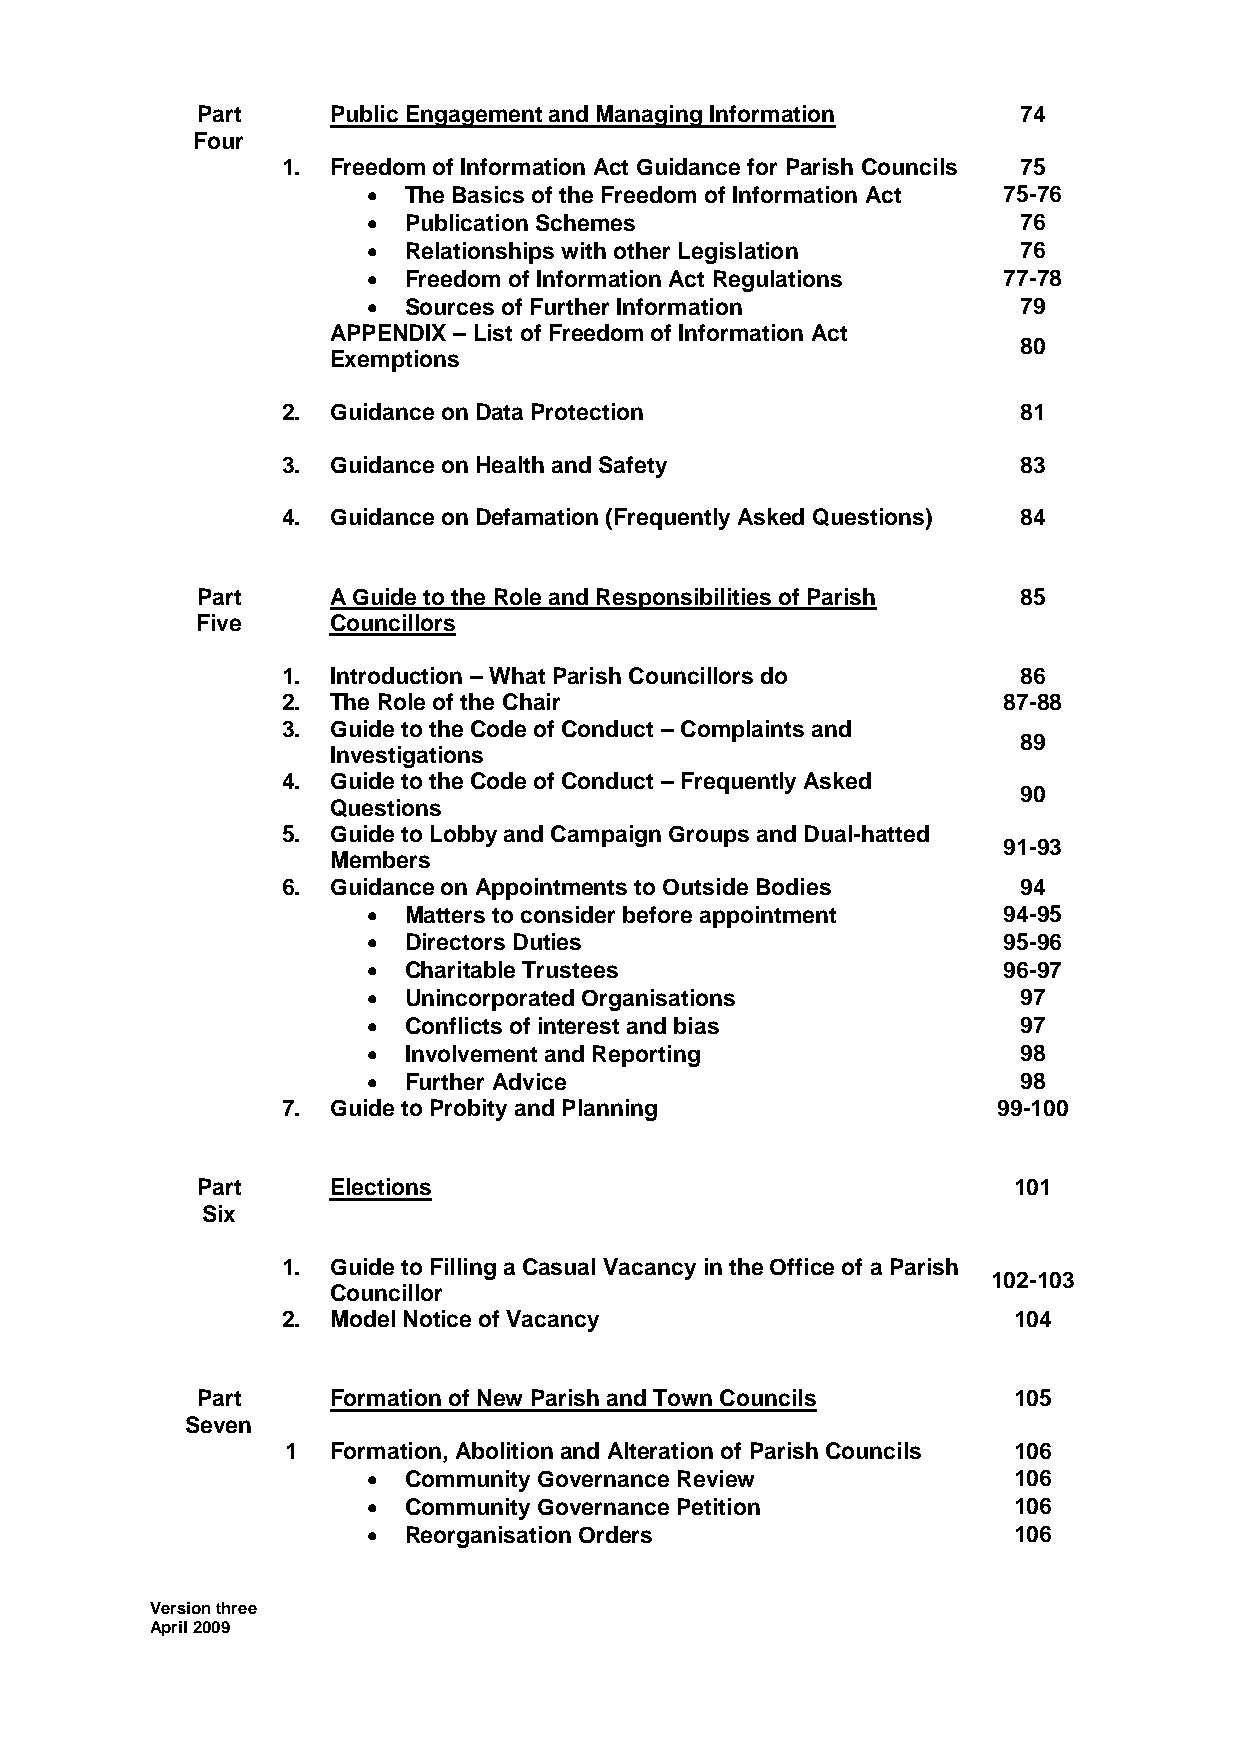
Part     Public Engagement and Managing Information   74
 Four
 1. Freedom of Information Act Guidance for Parish Councils 75
   The Basics of the Freedom of Information Act 75-76
   Publication Schemes                     76
   Relationships with other Legislation    76
   Freedom of Information Act Regulations 77-78
   Sources of Further Information          79
 APPENDIX – List of Freedom of Information Act
 80
 Exemptions
 2. Guidance on Data Protection                  81
 3. Guidance on Health and Safety                83
 4. Guidance on Defamation (Frequently Asked Questions) 84
 Part     A Guide to the Role and Responsibilities of Parish 85
 Five     Councillors
 1. Introduction – What Parish Councillors do    86
 2. The Role of the Chair                       87-88
 3. Guide to the Code of Conduct – Complaints and
 89
 Investigations
 4. Guide to the Code of Conduct – Frequently Asked
 90
 Questions
 5. Guide to Lobby and Campaign Groups and Dual-hatted
 91-93
 Members
 6. Guidance on Appointments to Outside Bodies   94
   Matters to consider before appointment 94-95
   Directors Duties                       95-96
   Charitable Trustees                    96-97
   Unincorporated Organisations            97
   Conflicts of interest and bias          97
   Involvement and Reporting               98
   Further Advice                          98
 7. Guide to Probity and Planning               99-100
 Part     Elections                                    101
 Six
 1. Guide to Filling a Casual Vacancy in the Office of a Parish
 102-103
 Councillor
 2. Model Notice of Vacancy                      104
 Part     Formation of New Parish and Town Councils    105
 Seven
 1  Formation, Abolition and Alteration of Parish Councils 106
   Community Governance Review             106
   Community Governance Petition           106
   Reorganisation Orders                   106
 Version three
 April 2009